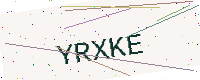
Text: YRXKE